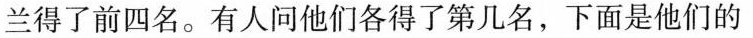
兰得了前四名。有人问他们各得了第几名，下面是他们的